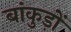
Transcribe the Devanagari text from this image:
बांकुड़ों